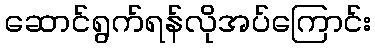
ဆောင်ရွက်ရန်လိုအပ်ကြောင်း